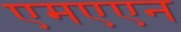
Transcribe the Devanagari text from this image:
एमएएन